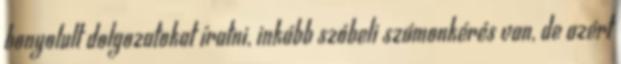
bonyolult dolgozatokat íratni, inkább szóbeli számonkérés van, de azért